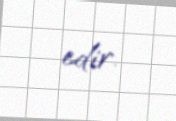
edir.